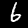
Label: 6